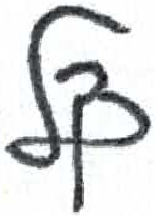
אות: ל